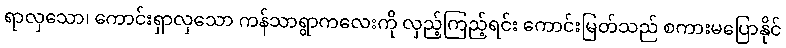
ရာလှသော၊ ကောင်းရှာလှသော ကန်သာရွာကလေးကို လှည့်ကြည့်ရင်း ကောင်းမြတ်သည် စကားမပြောနိုင်